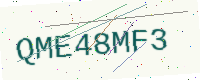
Text: QME48MF3